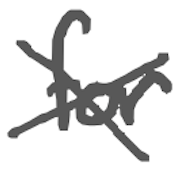
Text: for
Cross-out: cross
Writing tool: digital_gray